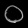
Digit: ၀